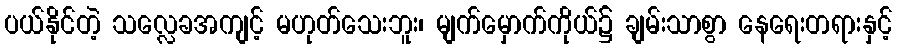
ပယ်နိုင်တဲ့ သလ္လေခအကျင့် မဟုတ်သေးဘူး၊ မျက်မှောက်ကိုယ်၌ ချမ်းသာစွာ နေရေးတရားနှင့်